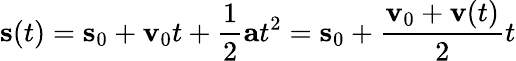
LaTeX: \mathbf{s}(t)=\mathbf{s}_{0}+\mathbf{v}_{0}t+{\frac{1}{2}}\mathbf{a}t^{2}=\mathbf{s}_{0}+{\frac{\mathbf{v}_{0}+\mathbf{v}(t)}{2}}t